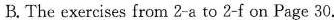
B. The exercises from 2-a to 2-f on Page 30.